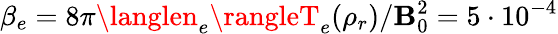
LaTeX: \beta_{e}=8\pi\langlen_{e}\rangleT_{e}(\rho_{r})/\mathbf{B}_{0}^{2}=5\cdot10^{-4}